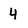
Character: 4